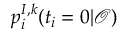
p _ { i } ^ { I , k } ( t _ { i } = 0 | \mathcal { O } )